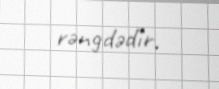
rəngdədir.